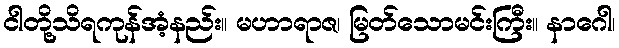
ငါတို့သိရကုန်အံ့နည်း။ မဟာရာဇ၊ မြတ်သောမင်းကြီး။ နာဂေါ၊